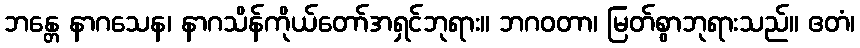
ဘန္တေ နာဂသေန၊ နာဂသိန်ကိုယ်တော်အရှင်ဘုရား။ ဘဂဝတာ၊ မြတ်စွာဘုရားသည်။ ဧတံ၊